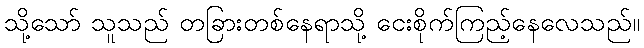
သို့သော် သူသည် တခြားတစ်နေရာသို့ ငေးစိုက်ကြည့်နေလေသည်။